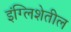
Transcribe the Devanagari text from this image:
इंग्लिशेतील